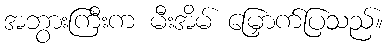
အဘွားကြီးက မီးအိမ် မြှောက်ပြသည်။